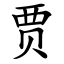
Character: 贾